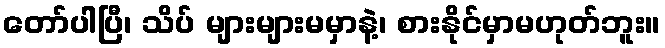
တော်ပါပြီ၊ သိပ် များများမမှာနဲ့၊ စားနိုင်မှာမဟုတ်ဘူး။